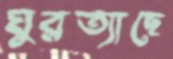
ঘুরত্যাছে